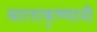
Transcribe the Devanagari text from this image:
बालाकृष्णानी